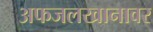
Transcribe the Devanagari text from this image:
अफजलखानावर